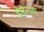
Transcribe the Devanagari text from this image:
डेमेल्ज़ा